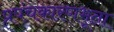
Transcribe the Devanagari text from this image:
प्रपंचकारणभूता